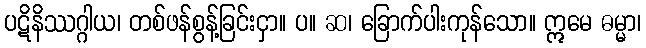
ပဋိနိဿဂ္ဂါယ၊ တစ်ဖန်စွန့်ခြင်းငှာ။ ပ။ ဆ၊ ခြောက်ပါးကုန်သော။ ဣမေ ဓမ္မာ၊